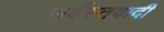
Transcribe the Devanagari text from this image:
सर्वस्तवादी